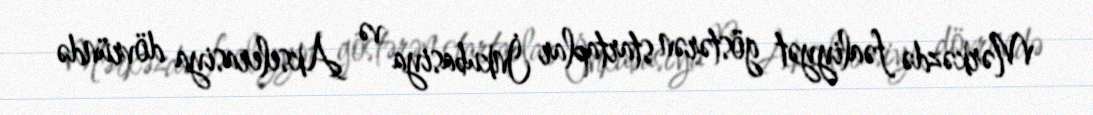
Mərkəzdə fəaliyyət göstərən startaplar İnkubasiya və Akselerasiya dövründə